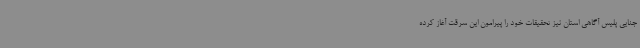
جنایی پلیس آگاهی استان نیز تحقیقات خود را پیرامون این سرقت آغاز کرده